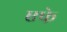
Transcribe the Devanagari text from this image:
एफे